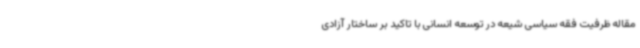
مقاله ظرفیت فقه سیاسی شیعه در توسعه انسانی با تاکید بر ساختار آزادی